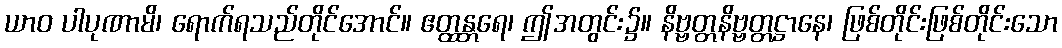
ယာဝ ပါပုဏာမိ၊ ရောက်ရသည်တိုင်အောင်။ ဧတ္ထန္တရေ၊ ဤအတွင်း၌။ နိဗ္ဗတ္တနိဗ္ဗတ္တဋ္ဌာနေ၊ ဖြစ်တိုင်းဖြစ်တိုင်းသော